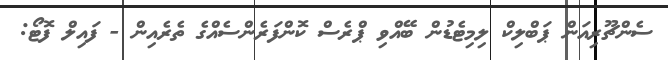
ސެންޗޫރިއަން ޕަބްލިކް ލިމިޓެޑުން ބޭއްވި ޕްރެސް ކޮންފަރެންސެއްގެ ތެރެއިން - ފައިލް ފޮޓޯ: